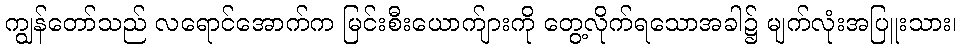
ကျွန်တော်သည် လရောင်အောက်က မြင်းစီးယောက်ျားကို တွေ့လိုက်ရသောအခါ၌ မျက်လုံးအပြူးသား၊